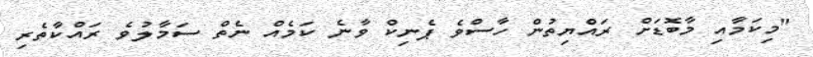
"މިކަމާއި މާބޮޑަށް ރައްޔިތުން ހާސްވެ ޕެނިކް ވާނެ ކަމެއް ނެތް ސަމާލުވެ ރައްކާތެރި